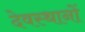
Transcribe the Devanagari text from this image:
देवस्‍थानों